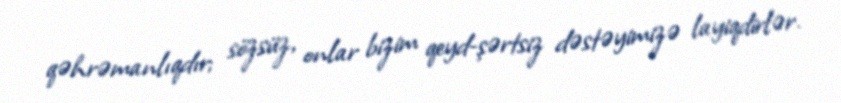
qəhrəmanlıqdır; sözsüz, onlar bizim qeyd-şərtsiz dəstəyimizə layiqdirlər.